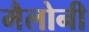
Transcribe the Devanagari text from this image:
मैलोनी